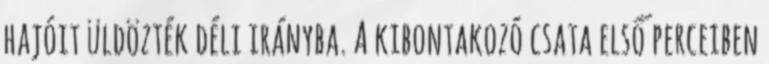
hajóit üldözték déli irányba. A kibontakozó csata első perceiben